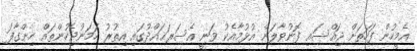
އެމީހުން ފަހަތަށް ޖައްސައި ފޮނުވާލަން އުޅުމާއެކު ވަނީ އެސަރަޙައްދުގައި އިތުރު ހަމަނުޖެހުންތައް ހިންގާފަ